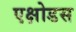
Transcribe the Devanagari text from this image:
एक्षोडस